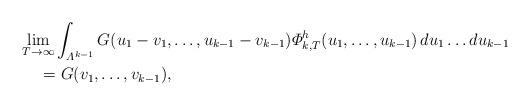
LaTeX: \begin{align*}&\underset{T\rightarrow\infty} {\lim}\int_{{\varLambda}^{k-1}}G(u_{1}-v_{1},\ldots,u_{k-1}-v_{k-1})\varPhi_{k,T}^{h}(u_{1},\ldots,u_{k-1})\,du_{1}\ldots du_{k-1}\\&\quad{}=G(v_{1},\ldots,v_{k-1}), \end{align*}